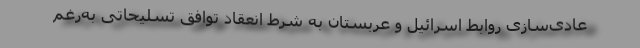
عادی‌سازی روابط اسرائیل و عربستان به شرط انعقاد توافق تسلیحاتی به‌رغم